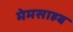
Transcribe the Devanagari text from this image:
मेमसाहब